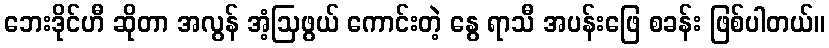
ဘေးဒိုင်ဟီ ဆိုတာ အလွန် အံ့ဩဖွယ် ကောင်းတဲ့ နွေ ရာသီ အပန်းဖြေ စခန်း ဖြစ်ပါတယ်။